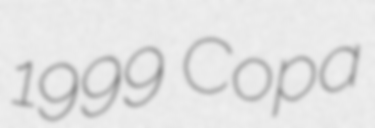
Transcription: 1999 Copa